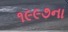
૧૯૯૭ના